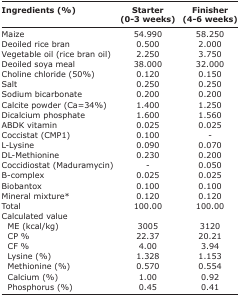
<table><thead><tr><td><b>Ingredients (%)</b></td><td><b>Starter (0-3 weeks)</b></td><td><b>Finisher (4-6 weeks)</b></td></tr></thead><tbody><tr><td>Maize</td><td>54.990</td><td>58.250</td></tr><tr><td>Deoiled rice bran</td><td>0.500</td><td>2.000</td></tr><tr><td>Vegetable oil (rice bran oil)</td><td>2.250</td><td>3.750</td></tr><tr><td>Deoiled soya meal</td><td>38.000</td><td>32.000</td></tr><tr><td>Choline chloride (50%)</td><td>0.120</td><td>0.150</td></tr><tr><td>Salt</td><td>0.250</td><td>0.250</td></tr><tr><td>Sodium bicarbonate</td><td>0.200</td><td>0.200</td></tr><tr><td>Calcite powder (Ca=34%)</td><td>1.400</td><td>1.250</td></tr><tr><td>Dicalcium phosphate</td><td>1.600</td><td>1.560</td></tr><tr><td>ABDK vitamin</td><td>0.025</td><td>0.025</td></tr><tr><td>Coccistat (CMP1)</td><td>0.100</td><td>-</td></tr><tr><td>L-Lysine</td><td>0.090</td><td>0.070</td></tr><tr><td>DL-Methionine</td><td>0.230</td><td>0.200</td></tr><tr><td>Coccidiostat (Maduramycin)</td><td>-</td><td>0.050</td></tr><tr><td>B-complex</td><td>0.025</td><td>0.025</td></tr><tr><td>Biobantox</td><td>0.100</td><td>0.100</td></tr><tr><td>Mineral mixture*</td><td>0.120</td><td>0.120</td></tr><tr><td>Total</td><td>100.00</td><td>100.00</td></tr><tr><td>Calculated value</td><td></td><td></td></tr><tr><td> ME (kcal/kg)</td><td>3005</td><td>3120</td></tr><tr><td> CP %</td><td>22.37</td><td>20.21</td></tr><tr><td> CF %</td><td>4.00</td><td>3.94</td></tr><tr><td> Lysine (%)</td><td>1.328</td><td>1.153</td></tr><tr><td> Methionine (%)</td><td>0.570</td><td>0.554</td></tr><tr><td> Calcium (%)</td><td>1.00</td><td>0.92</td></tr><tr><td> Phosphorus (%)</td><td>0.45</td><td>0.41</td></tr></tbody></table>